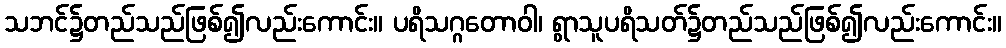
သဘင်၌တည်သည်ဖြစ်၍လည်းကောင်း။ ပရိသဂ္ဂတောဝါ၊ ရွာသူပရိသတ်၌တည်သည်ဖြစ်၍လည်းကောင်း။